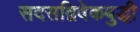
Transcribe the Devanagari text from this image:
सदसद्विवेकबुद्धी